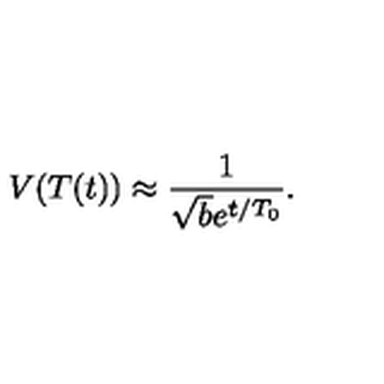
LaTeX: V ( T ( t ) ) \approx \frac { 1 } { \sqrt { b } e ^ { t / T _ { 0 } } } .